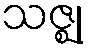
သဇ္ဈု